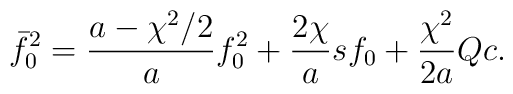
\bar{f}_0^2 = \frac{a - \chi^2 /2 }{a} f_0^2 + \frac{2 \chi }{a} sf_0 +  \frac{\chi^2}{2a} Q c .